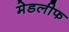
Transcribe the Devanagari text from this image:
मेडलीफ